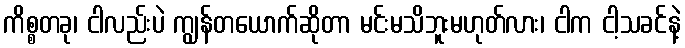
ကိစ္စတခု၊ ငါလည်းပဲ ကျွန်တယောက်ဆိုတာ မင်းမသိဘူးမဟုတ်လား၊ ငါက ငါ့သခင်နဲ့